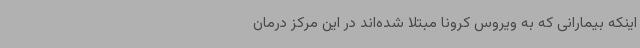
اینکه بیمارانی که به ویروس کرونا مبتلا شده‌اند در این مرکز درمان